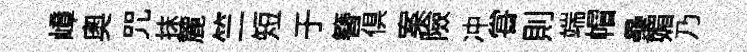
嶂奧咒抹麓竺短于簪俱案險冲甞則端帽壘媚乃